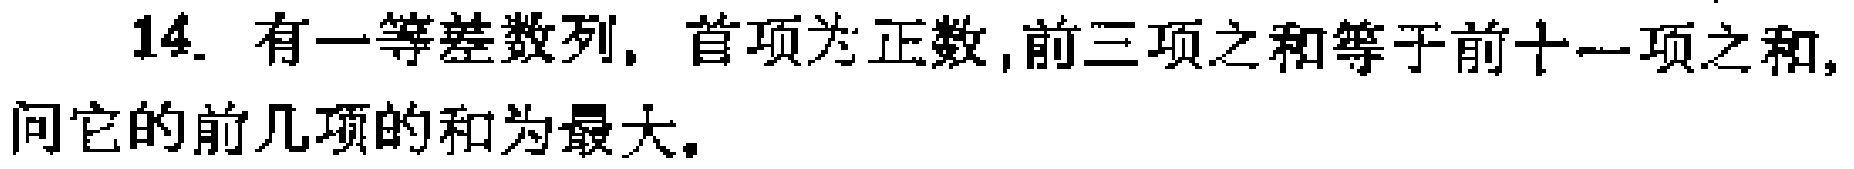
14. 有一等差数列, 首项为正数,前三项之和等于前十一项之和,问它的前几项的和为最大。